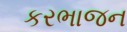
કરભાજન